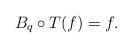
LaTeX: \begin{align*}B_q\circ T(f) = f .\end{align*}